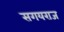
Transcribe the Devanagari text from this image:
सगयराज